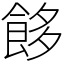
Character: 䬷